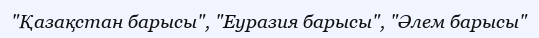
"Қазақстан барысы", "Еуразия барысы", "Әлем барысы"